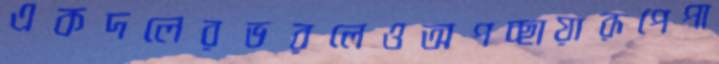
একদলেরভরলেওঅপচ্ছায়ারূপেপা